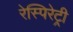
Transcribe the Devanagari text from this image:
रेस्पिरेट्री